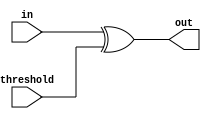
module invSbox(
         input  [7:0] in, 
         output reg [7:0] out,
         input  [7:0] threshold);


 always@(*)
 begin
    out = in ^ threshold; 
 end
endmodule